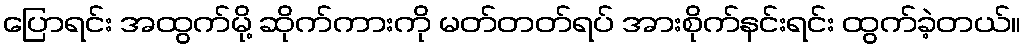
ပြောရင်း အထွက်မို့ ဆိုက်ကားကို မတ်တတ်ရပ် အားစိုက်နင်းရင်း ထွက်ခဲ့တယ်။